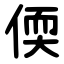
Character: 偄